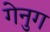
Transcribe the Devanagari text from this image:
गेनुग